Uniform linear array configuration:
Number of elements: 8
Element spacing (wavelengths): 0.75
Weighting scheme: kaiser
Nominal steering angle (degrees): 0
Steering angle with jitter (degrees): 0.9126
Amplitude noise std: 0.05
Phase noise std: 0.05

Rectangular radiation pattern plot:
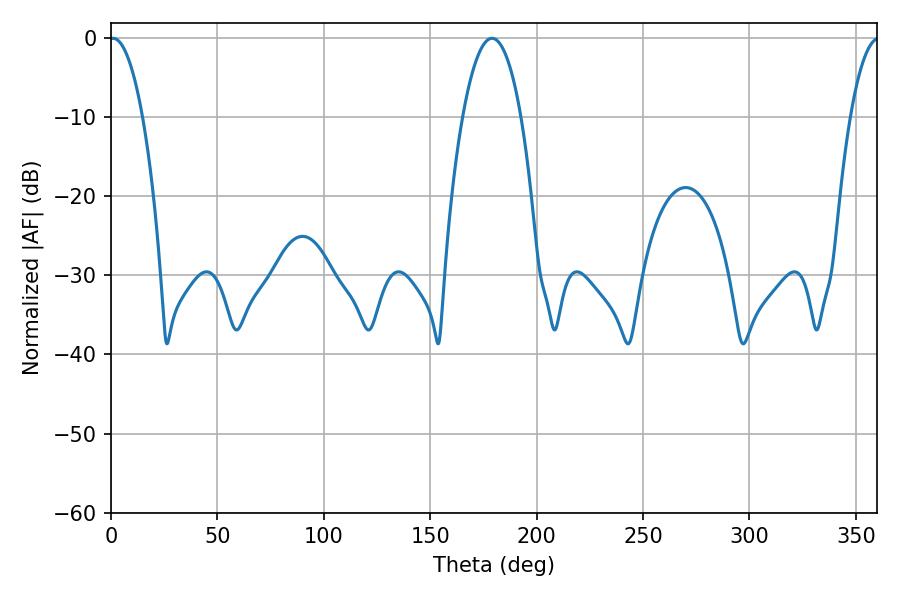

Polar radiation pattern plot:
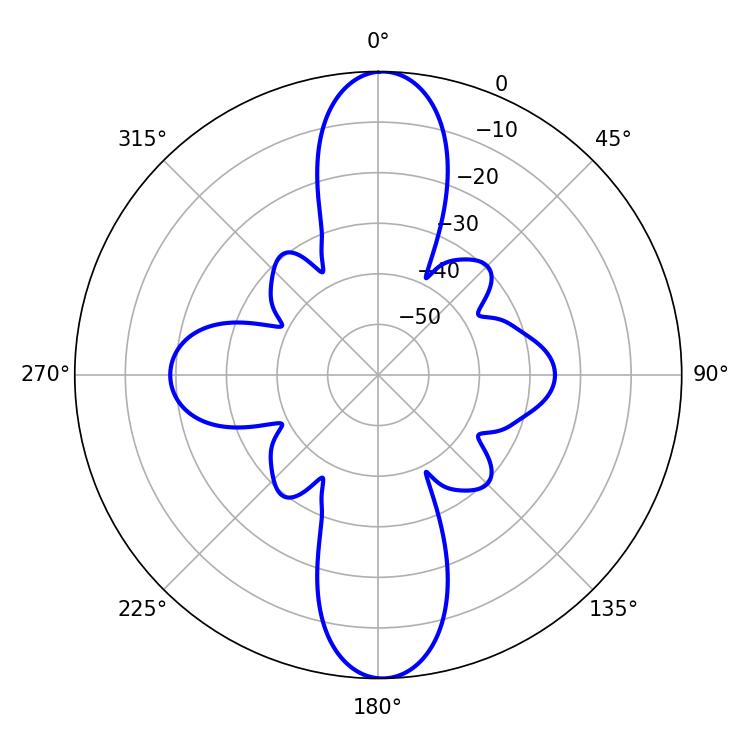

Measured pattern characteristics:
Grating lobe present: TRUE
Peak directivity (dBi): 24.944
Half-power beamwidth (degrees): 8.64
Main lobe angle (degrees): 0.9